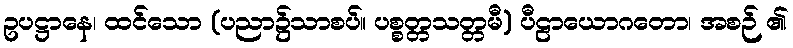
ဥပဋ္ဌာနေ၊ ထင်သော (ပညာ၌သာစပ်။ ပစ္စတ္တသတ္တမီ) ပီဠာယောဂတော၊ အစဉ် ၏